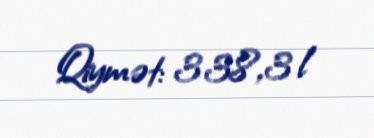
Qiymət: 338,3 l